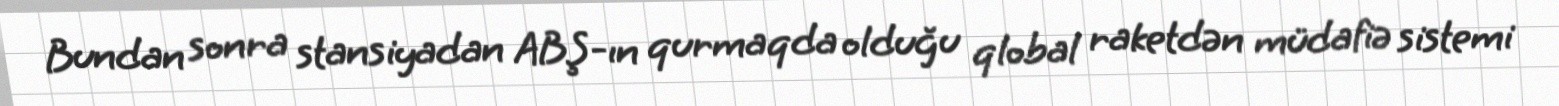
Bundan sonra stansiyadan ABŞ-ın qurmaqda olduğu qlobal raketdən müdafiə sistemi